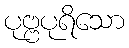
ပုဗ္ဗပုရိသော